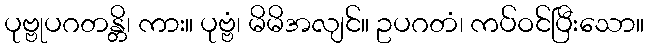
ပုဗ္ဗုပဂတန္တိ၊ ကား။ ပုဗ္ဗံ၊ မိမိအလျင်။ ဥပဂတံ၊ ကပ်ဝင်ပြီးသော။